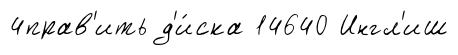
4прав'ить д'и́ска 14640 Ингл'иш